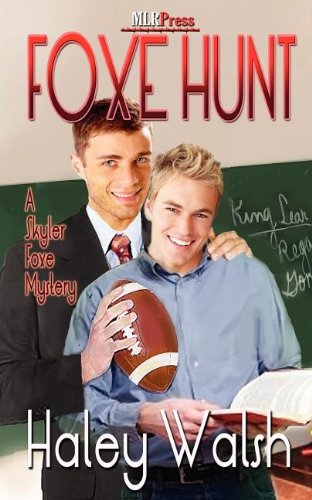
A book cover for Foxe Hunt (A Skyler Foxe Mystery, No. 2); Haley Walsh; Romance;